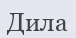
Дила